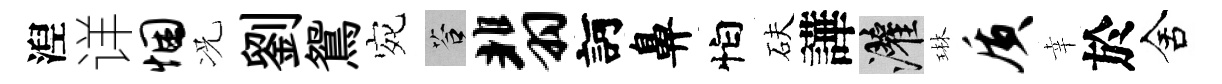
湼详悃况劉鴛宛答翡訶鼻怕砆譁灌琳质幸於舍